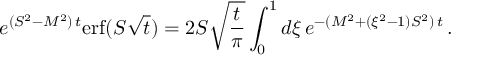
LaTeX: e ^ { ( S ^ { 2 } - M ^ { 2 } ) \, t } \mathrm { e r f } ( S \sqrt t ) = 2 S \sqrt { \frac t \pi } \int _ { 0 } ^ { 1 } d \xi \, e ^ { - ( M ^ { 2 } + ( \xi ^ { 2 } - 1 ) S ^ { 2 } ) \, t } \, .